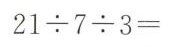
$$2 1 \div 7 \div 3 =$$